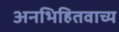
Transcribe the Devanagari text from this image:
अनभिहितवाच्य